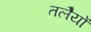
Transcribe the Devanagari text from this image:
तलेैयों